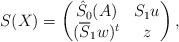
LaTeX: \begin{align*} S (X) = \begin{pmatrix} \hat{S}_{0}(A) & S_{1} u \\ (\overline{S}_{1} w)^{t} & z \end{pmatrix},\end{align*}